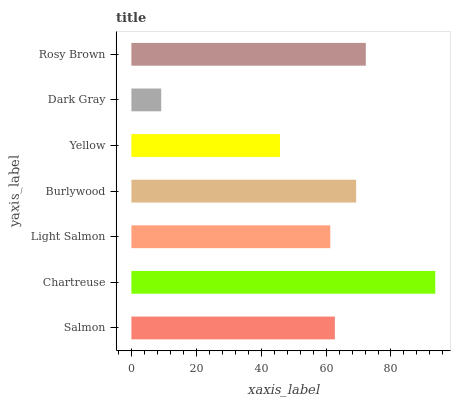
| yaxis_label | bars |
 | --- | --- |
 | Salmon | 62.7 |
 | Chartreuse | 93.7 |
 | Light Salmon | 61.3 |
 | Burlywood | 69.3 |
 | Yellow | 45.8 |
 | Dark Gray | 9.19 |
 | Rosy Brown | 72.2 |